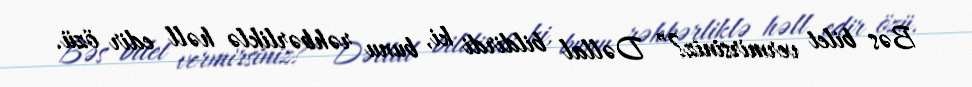
Bəs bilet vermirsiniz?” Dəllal bildirdi ki, bunu rəhbərliklə həll edir özü.